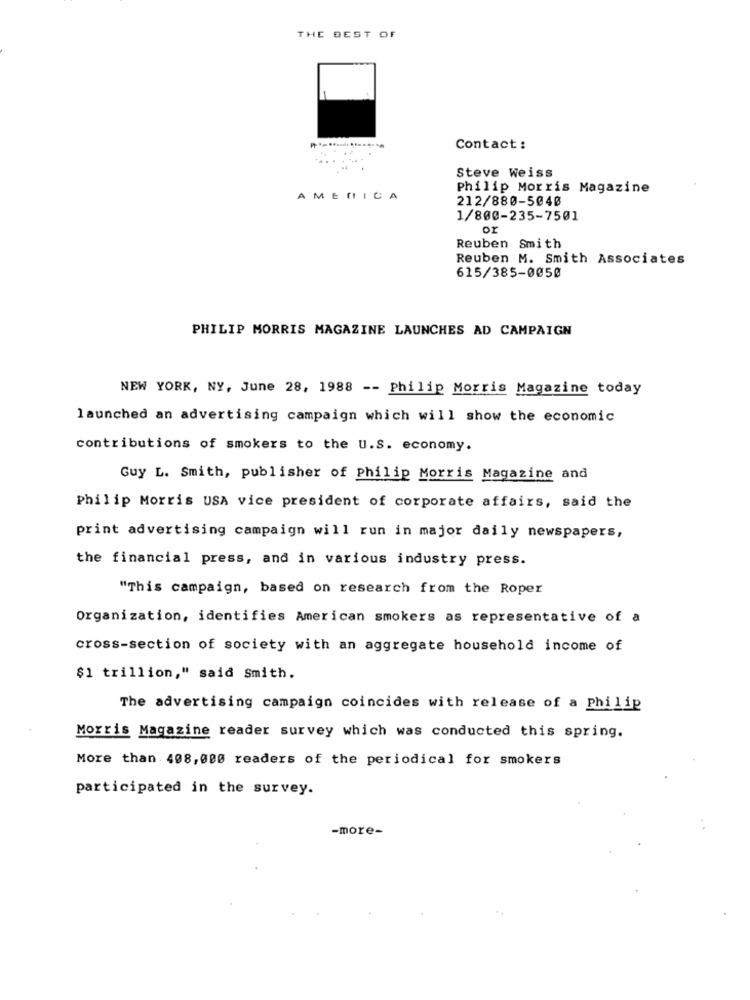
THE BEST OF
-
Contact :
Steve Weiss
Philip Morris Magazine
AMERICA
212/880-5040
1/800-235-7501
or
Reuben Smith
Reuben M. Smith Associates
615/385-0050
PHILIP MORRIS MAGAZINE LAUNCHES AD CAMPAIGN
NEW YORK, NY, June 28, 1988 -- Philip Morris Magazine today
launched an advertising campaign which will show the economic
contributions of smokers to the U.S. economy.
Guy L. Smith, publisher of Philip Morris Magazine and
Philip Morris USA vice president of corporate affairs, said the
print advertising campaign will run in major daily newspapers,
the financial press, and in various industry press.
"This campaign, based on research from the Roper
Organization, identifies American smokers as representative of a
cross-section of society with an aggregate household income of
$1 trillion," said Smith.
The advertising campaign coincides with release of a Philip
Morris Magazine reader survey which was conducted this spring.
More than 408,000 readers of the periodical for smokers
participated in the survey.
-more-